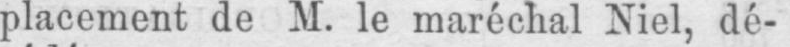
placement de M. le maréchal Niel, dé-